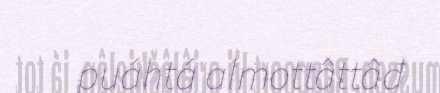
puáhtá almottâttâđ